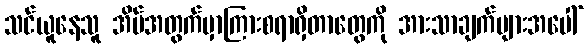
သင်ယူနေသူ အိမ်အတွက်မှာကြားစရာရှိတာတွေကို အားသာချက်များအပေါ်